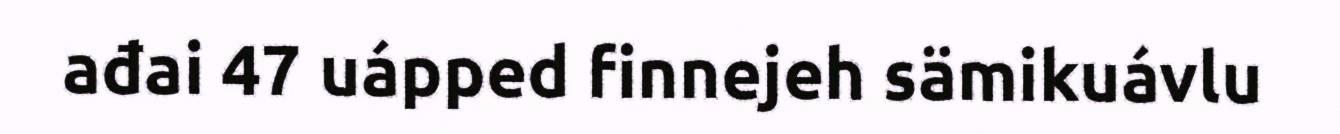
ađai 47 uápped finnejeh sämikuávlu